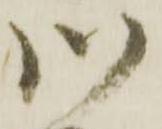
川